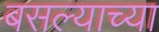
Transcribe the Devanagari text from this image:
बसल्याच्या